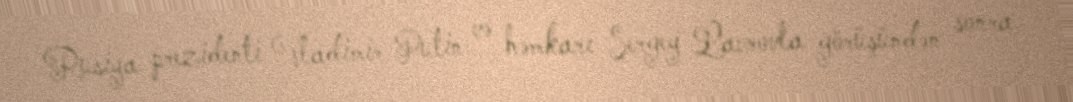
Rusiya prezidenti Vladimir Putin və həmkarı Sergey Lavrovla görüşündən sonra